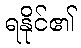
ရနိုင်၏